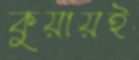
কুয়ায়ই